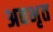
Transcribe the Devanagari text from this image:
अवभृत